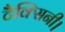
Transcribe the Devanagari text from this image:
टैक्सिनी।